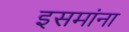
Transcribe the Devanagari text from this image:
इसमांना